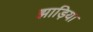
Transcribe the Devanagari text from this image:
झाड़िया